Calcutta medical institutions reports 1879-81 [i.e.91]
Year: 1879
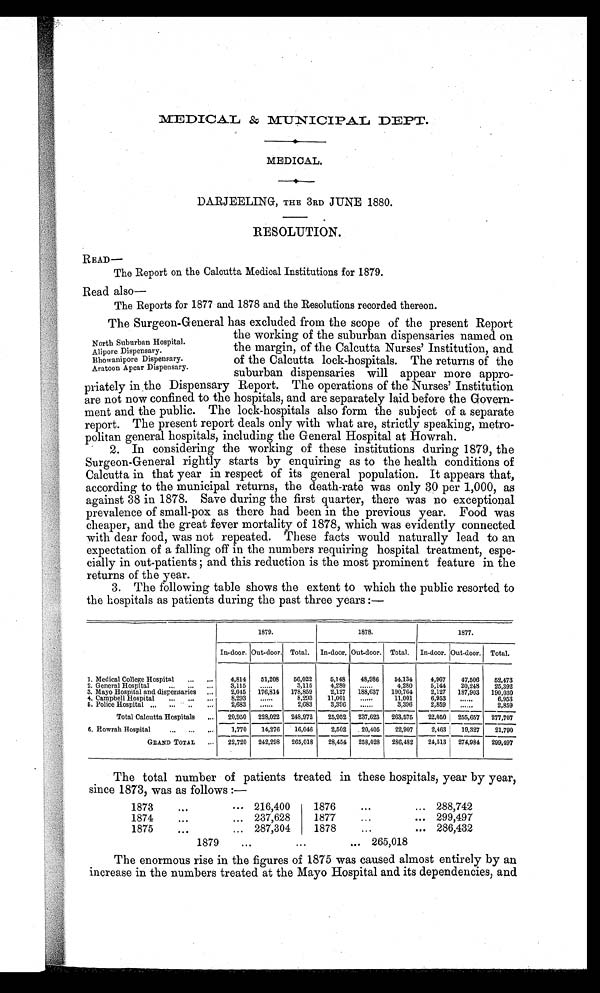
MEDICAL & MUNICIPAL DEPT.
MEDICAL.
DARJEELING, THE 3RD JUNE 1880.
RESOLUTION.
R EAD—
The Report on the Calcutta Medical Institutions for 1879.
Read also
—
The Reports for 1877 and 1878 and the Resolutions recorded thereon.
The Surgeon-General has excluded from the scope of the present Report
North Suburban Hospital.
Alipore Dispensary.
Bhowanipore Dispensary.
Aratoon Apcar Dispensary.
the working of the suburban dispensaries named on
the margin, of the Calcutta Nurses' Institution, and
of the Calcutta lock-hospitals. The returns of the
suburban dispensaries will appear more appro-
priately in the Dispensary Report. The operations of the Nurses' Institution
are not now confined to the hospitals, and are separately laid before the Govern--
ment and the public. The lock-hospitals also form the subject of a separate
report. The present report deals only with what are, strictly speaking, metro-
politan general hospitals, including the General Hospital at Howrah.
2. In considering the working of these institutions during 1879, the
Surgeon-General rightly starts by enquiring as to the health conditions of
Calcutta in that year in respect of its general population. It appears that,
according to the municipal returns, the death-rate was only 30 per 1,000, as
against 38 in 1878. Save during the first quarter, there was no exceptional
prevalence of small-pox as there had been in the previous year. Food was
cheaper, and the great fever mortality of 1878, which was evidently connected
with dear food, was not repeated. These facts would naturally lead to an
expectation of a falling off in the numbers requiring hospital treatment, espe-
ci al l y i n out - pat i ent s; and t hi s r educt i on i s t he most pr omi nent f eat ur e i n t he
returns of the year.
3. The following table shows the extent to which the public resorted to
the hospitals as patients during the past three years:—
1. Medical College Hospital
1879.
1878.
1877.
In-door. Out-door. Total.
In-door. Out-door. Total.
In-door. Out-door. Total.
4,814
51,208
56,022
5,148
48,986
54,134
4,967
47,506
52,473
2. General Hospital
3,115
. . . . . .
3,115
4,280
. . . . . .
4,280
5,144
20,248
25,392
3. Mayo Hospital and dispensaries
2,045
176,814
178,859
2,127
188,637
190,764
2,127
187,903
190,030
4. Campbell Hospital
8,293
......
8,293
11,001
. . . . . .
11,001
6,953
. . . . . .
6,953
5. Police Hospital
2,683
......
2,683
3,396
......
3,396
2,859
......
2,859
-
Total Calcutta Hospitals
20,950
228,022
248,972
25,952
237,623
263,575
22,050
255,657
277,707
G. Howrah Hospital
1,770
14,276
16,046
2,502
20,405
22,907
2,463
19,327
21,790
GRAND TOTA L
22,720
242,298
265,018
28,454
258,028
286,482
24,513
274,984
299,497
The total number of patients treated in these hospitals, year by year,
since 1873, was as follows:—
1873
216,400
1876
288,742
1874
...
... 237,628
1877
..299,497
1875
287,304
1878
286,432
1879
265,018
The enormous rise in the figures of 1875 was caused almost entirely by an
increase in the numbers treated at the Mayo Hospital and its dependencies, and